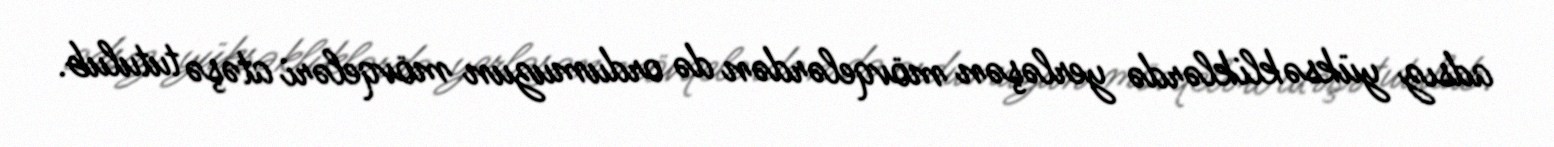
adsız yüksəkliklərdə yerləşən mövqelərdən də ordumuzun mövqeləri atəşə tutulub.